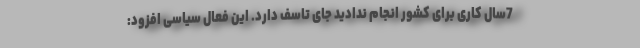
7سال کاری برای کشور انجام ندادید جای تاسف دارد. این فعال سیاسی افزود: